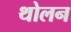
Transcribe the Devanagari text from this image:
थोलन